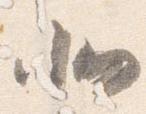
北